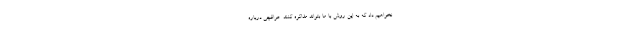
نخواهیم داد که به این روش با ما بتواند مذاکره کنند. عراقچی درباره